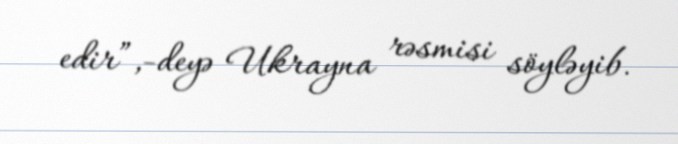
edir”,-deyə Ukrayna rəsmisi söyləyib.